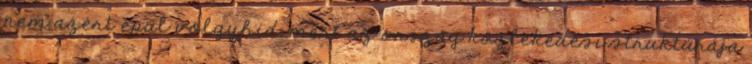
nem azért épül völgyhíd, mert az ország közlekedési struktúrája